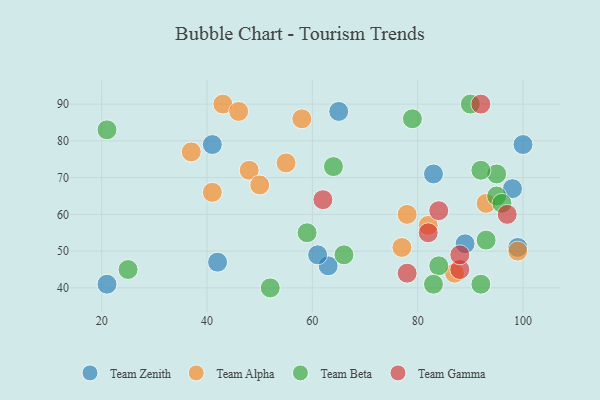
{"axis": {"x": "GDP", "y": "Life Expectancy"}, "legend": ["Team Alpha", "Team Beta", "Team Gamma", "Team Zenith"], "data": [{"x": "41", "y": 79, "type": "Team Zenith"}, {"x": "89", "y": 52, "type": "Team Zenith"}, {"x": "63", "y": 46, "type": "Team Zenith"}, {"x": "61", "y": 49, "type": "Team Zenith"}, {"x": "83", "y": 71, "type": "Team Zenith"}, {"x": "99", "y": 51, "type": "Team Zenith"}, {"x": "98", "y": 67, "type": "Team Zenith"}, {"x": "100", "y": 79, "type": "Team Zenith"}, {"x": "42", "y": 47, "type": "Team Zenith"}, {"x": "21", "y": 41, "type": "Team Zenith"}, {"x": "65", "y": 88, "type": "Team Zenith"}, {"x": "87", "y": 44, "type": "Team Alpha"}, {"x": "55", "y": 74, "type": "Team Alpha"}, {"x": "99", "y": 50, "type": "Team Alpha"}, {"x": "58", "y": 86, "type": "Team Alpha"}, {"x": "82", "y": 57, "type": "Team Alpha"}, {"x": "43", "y": 90, "type": "Team Alpha"}, {"x": "48", "y": 72, "type": "Team Alpha"}, {"x": "77", "y": 51, "type": "Team Alpha"}, {"x": "46", "y": 88, "type": "Team Alpha"}, {"x": "50", "y": 68, "type": "Team Alpha"}, {"x": "41", "y": 66, "type": "Team Alpha"}, {"x": "93", "y": 63, "type": "Team Alpha"}, {"x": "37", "y": 77, "type": "Team Alpha"}, {"x": "78", "y": 60, "type": "Team Alpha"}, {"x": "64", "y": 73, "type": "Team Beta"}, {"x": "21", "y": 83, "type": "Team Beta"}, {"x": "92", "y": 41, "type": "Team Beta"}, {"x": "59", "y": 55, "type": "Team Beta"}, {"x": "66", "y": 49, "type": "Team Beta"}, {"x": "93", "y": 53, "type": "Team Beta"}, {"x": "95", "y": 65, "type": "Team Beta"}, {"x": "96", "y": 63, "type": "Team Beta"}, {"x": "84", "y": 46, "type": "Team Beta"}, {"x": "83", "y": 41, "type": "Team Beta"}, {"x": "25", "y": 45, "type": "Team Beta"}, {"x": "79", "y": 86, "type": "Team Beta"}, {"x": "90", "y": 90, "type": "Team Beta"}, {"x": "95", "y": 71, "type": "Team Beta"}, {"x": "52", "y": 40, "type": "Team Beta"}, {"x": "92", "y": 72, "type": "Team Beta"}, {"x": "88", "y": 45, "type": "Team Gamma"}, {"x": "88", "y": 49, "type": "Team Gamma"}, {"x": "92", "y": 90, "type": "Team Gamma"}, {"x": "97", "y": 60, "type": "Team Gamma"}, {"x": "78", "y": 44, "type": "Team Gamma"}, {"x": "82", "y": 55, "type": "Team Gamma"}, {"x": "62", "y": 64, "type": "Team Gamma"}, {"x": "84", "y": 61, "type": "Team Gamma"}]}